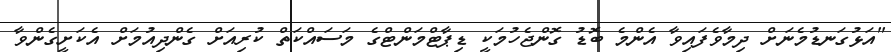
"އަޅުގަނޑުމެނަށް ދިމާވެފައިވާ އެންމެ ބޮޑު ގޮންޖެހުމަކީ ޑިޕާޓްމަންޓްގެ މަސައްކަތް ކުރިއަށް ގެންދިއުމަށް އެކަށީގެންވާ